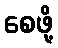
စေဖို့